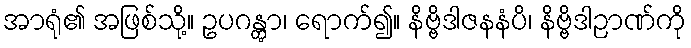
အာရုံ၏ အဖြစ်သို့။ ဥပဂန္တွာ၊ ရောက်၍။ နိဗ္ဗိဒါဇနနံပိ၊ နိဗ္ဗိဒါဉာဏ်ကို